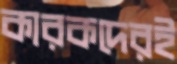
কারকদেরই